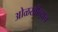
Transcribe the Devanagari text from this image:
ओळखीच्याच